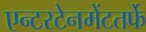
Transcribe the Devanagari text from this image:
एन्टरटेनमेंटतर्फे